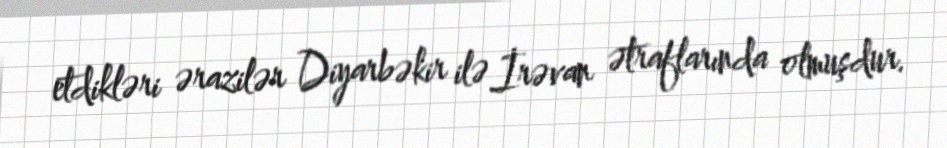
etdikləri ərazilər Diyarbəkir ilə İrəvan ətraflarında olmuşdur.